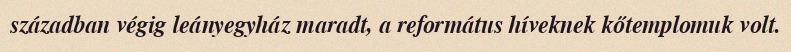
században végig leányegyház maradt, a református híveknek kőtemplomuk volt.